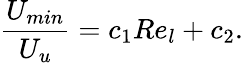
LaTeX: \frac{U_{min}}{U_{u}}=c_{1}Re_{l}+c_{2}.